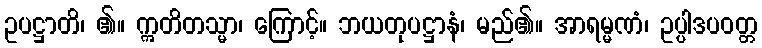
ဥပဋ္ဌာတိ၊ ၏။ ဣတိတသ္မာ၊ ကြောင့်။ ဘယတုပဋ္ဌာနံ၊ မည်၏။ အာရမ္မဏံ၊ ဥပ္ပါဒပဝတ္တ